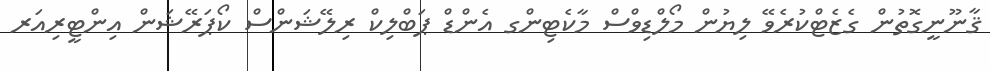
ޤާނޫނީގޮތުން ގެޒެޓްކުރެވޭ ލިޔުން މޯލްޑިވްސް މާކެޓިންގ އެންޑް ޕަބްލިކް ރިލޭޝަންސް ކޯޕަރޭޝަން އިންޓީރިއަރ